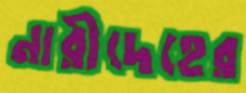
নারীদেহের